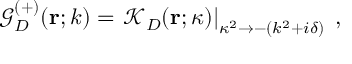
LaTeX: { \mathcal G } _ { { D } } ^ { ( + ) } ( { \bf r } ; k ) = \left. { \mathcal K } _ { { D } } ( { \bf r } ; \kappa ) \right| _ { \kappa ^ { 2 } \rightarrow - ( k ^ { 2 } + i \delta ) } \; ,